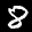
Label: 8